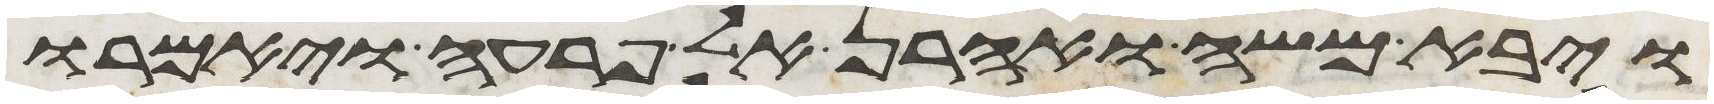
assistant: ויבא משה ואהרן אל פרעה ויאמרו